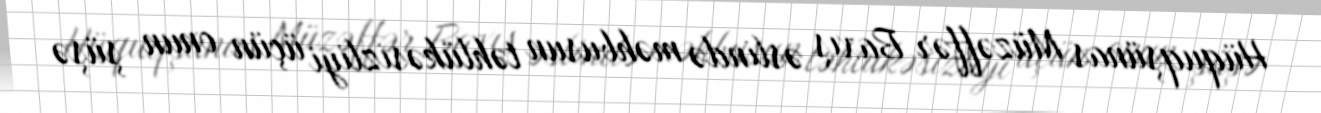
Hüquqşünas Müzəffər Baxış əslində məhbusun təhlükəsizliyi üçün onun şüşə